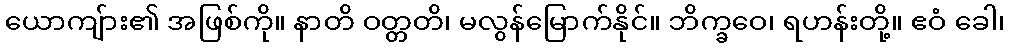
ယောကျ်ား၏ အဖြစ်ကို။ နာတိ ဝတ္တတိ၊ မလွန်မြောက်နိုင်။ ဘိက္ခဝေ၊ ရဟန်းတို့။ ဧဝံ ခေါ၊